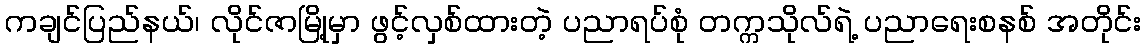
ကချင်ပြည်နယ်၊ လိုင်ဇာမြို့မှာ ဖွင့်လှစ်ထားတဲ့ ပညာရပ်စုံ တက္ကသိုလ်ရဲ့ ပညာရေးစနစ် အတိုင်း